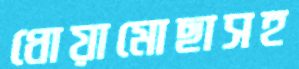
ধোয়ামোছাসহ